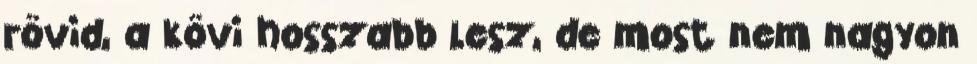
rövid, a kövi hosszabb lesz, de most nem nagyon